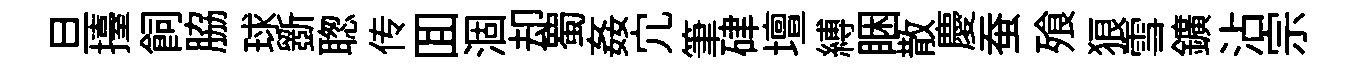
旦擡飼脇球斵聦传囬涸却蜀姦宂筆硉壇縛睏散慶蚕飱狼雪鑛沾宗